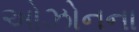
ઓઝોનના